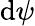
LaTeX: \mathrm{d}\psi